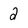
Character: 2